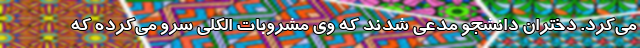
می‌کرد. دختران دانشجو مدعی شدند که وی مشروبات الکلی سرو می‌کرده که